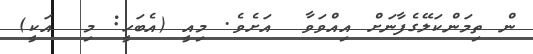
ން ތިމަންކަލޭގެފާނަށް އިއްވަވާ  އަށެވެ. މިއީ (އެބަހީ: މި  އަކީ)